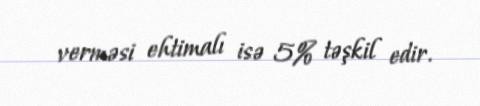
verməsi ehtimalı isə 5% təşkil edir.